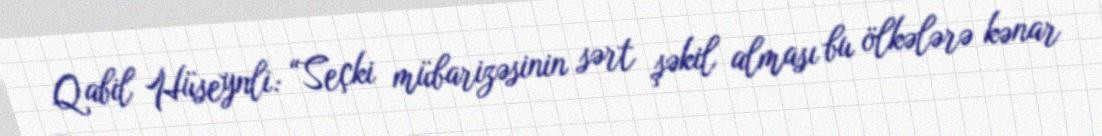
Qabil Hüseynli: “Seçki mübarizəsinin sərt şəkil alması bu ölkələrə kənar